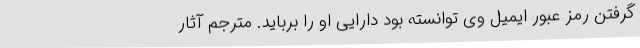
گرفتن رمز عبور ایمیل وی توانسته بود دارایی او را برباید. مترجم آثار